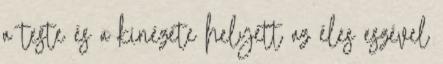
a teste és a kinézete helyett az éles eszével